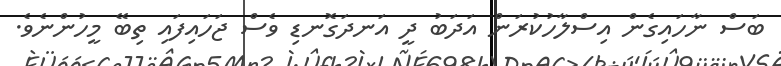
ބަސް ނާހައިގެން އިސްލާހުކުރަން އަދަބު ދީ އަނދަގޮނޑި ވެސް ޖަހައިފައި ތިބޭ މީހުންނެވެ.